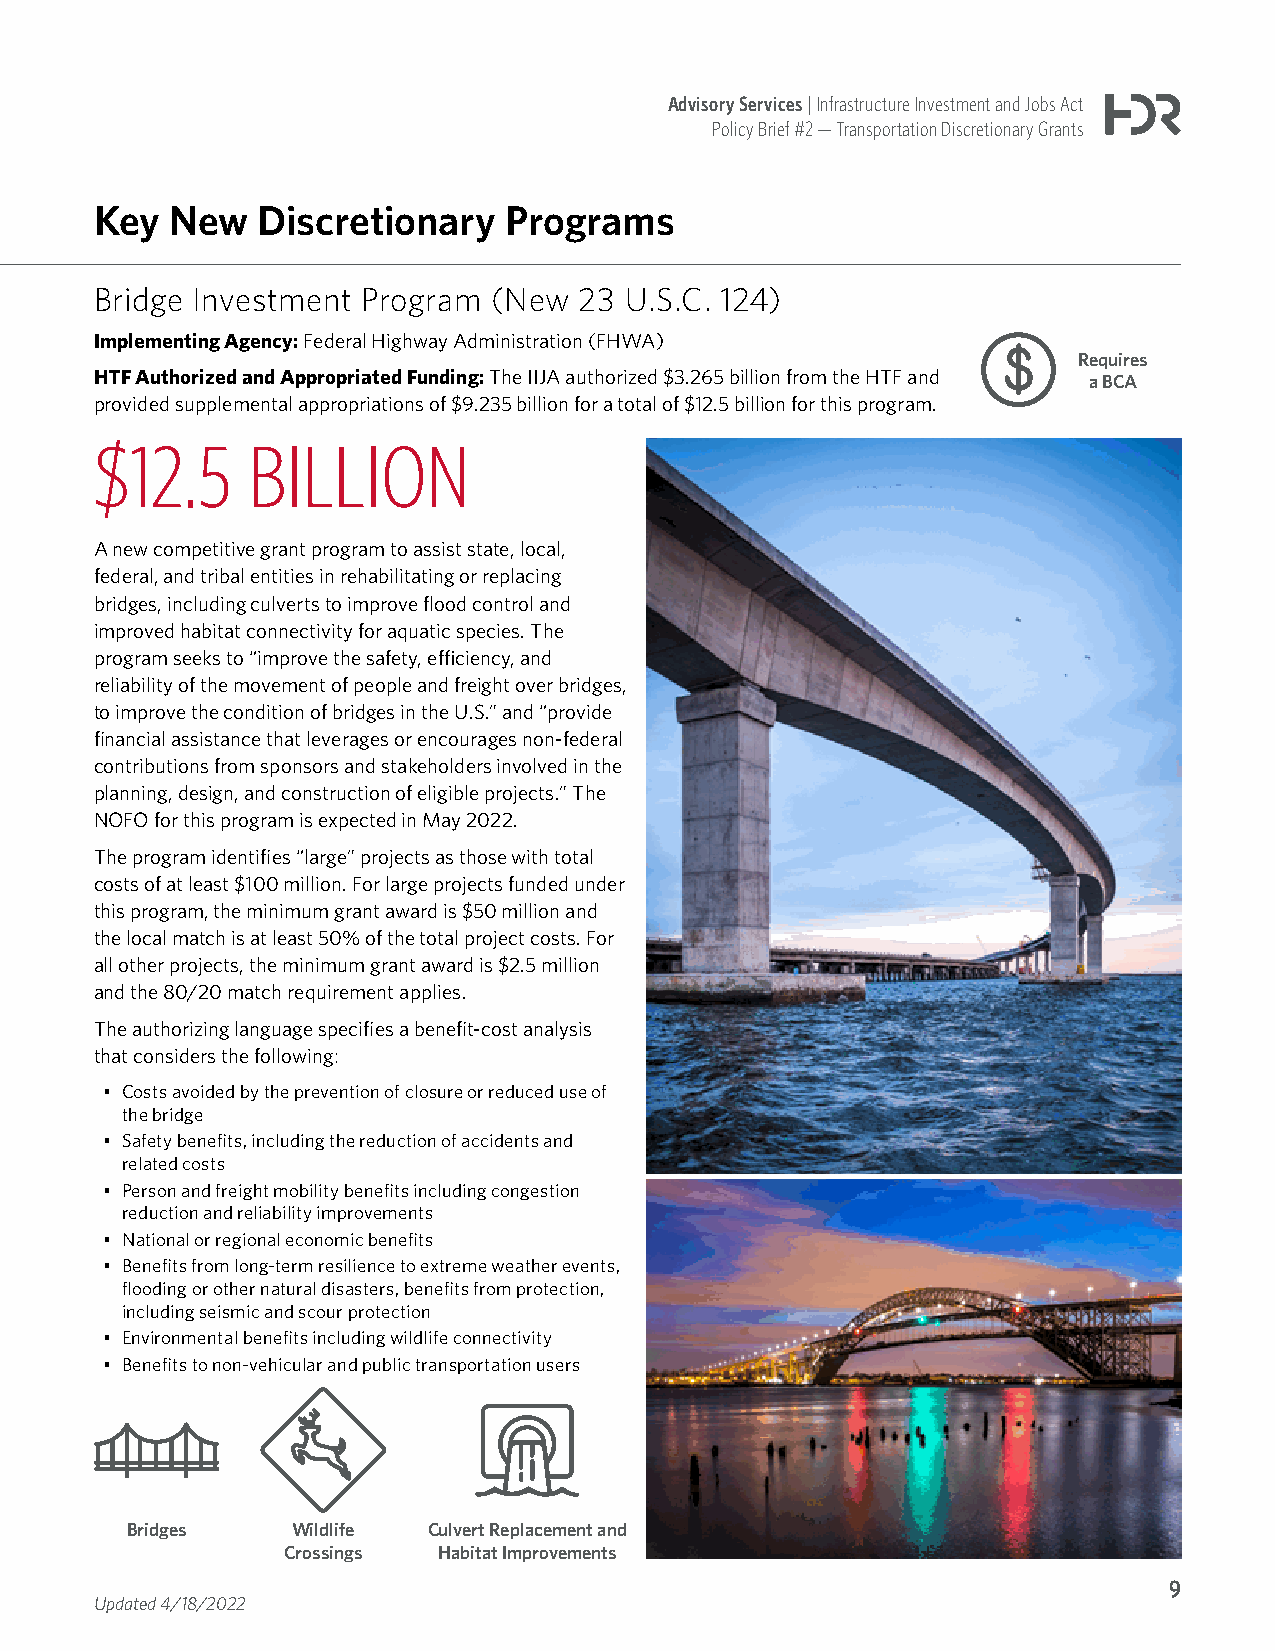
Advisory Services | Infrastructure Investment and Jobs Act
 Policy Brief #2 — Transportation Discretionary Grants
 Key  New   Discretionary   Programs
 Bridge Investment Program  (New 23 U.S.C. 124)
 Implementing Agency: Federal Highway Administration (FHWA)
 Requires
 HTF Authorized and Appropriated Funding: The IIJA authorized $3.265 billion from the HTF and a BCA
 provided supplemental appropriations of $9.235 billion for a total of $12.5 billion for this program.
 $12.5     BILLION
 A new competitive grant program to assist state, local,
 federal, and tribal entities in rehabilitating or replacing
 bridges, including culverts to improve flood control and
 improved habitat connectivity for aquatic species. The
 program seeks to “improve the safety, efficiency, and
 reliability of the movement of people and freight over bridges,
 to improve the condition of bridges in the U.S.” and “provide
 financial assistance that leverages or encourages non-federal
 contributions from sponsors and stakeholders involved in the
 planning, design, and construction of eligible projects.” The
 NOFO for this program is expected in May 2022.
 The program identifies “large” projects as those with total
 costs of at least $100 million. For large projects funded under
 this program, the minimum grant award is $50 million and
 the local match is at least 50% of the total project costs. For
 all other projects, the minimum grant award is $2.5 million
 and the 80/20 match requirement applies.
 The authorizing language specifies a benefit-cost analysis
 that considers the following:
 • Costs avoided by the prevention of closure or reduced use of
 the bridge
 • Safety benefits, including the reduction of accidents and
 related costs
 • Person and freight mobility benefits including congestion
 reduction and reliability improvements
 • National or regional economic benefits
 • Benefits from long-term resilience to extreme weather events,
 flooding or other natural disasters, benefits from protection,
 including seismic and scour protection
 • Environmental benefits including wildlife connectivity
 • Benefits to non-vehicular and public transportation users
 Bridges    Wildlife Culvert Replacement and
 Crossings Habitat Improvements
 9
 Updated 4/18/2022